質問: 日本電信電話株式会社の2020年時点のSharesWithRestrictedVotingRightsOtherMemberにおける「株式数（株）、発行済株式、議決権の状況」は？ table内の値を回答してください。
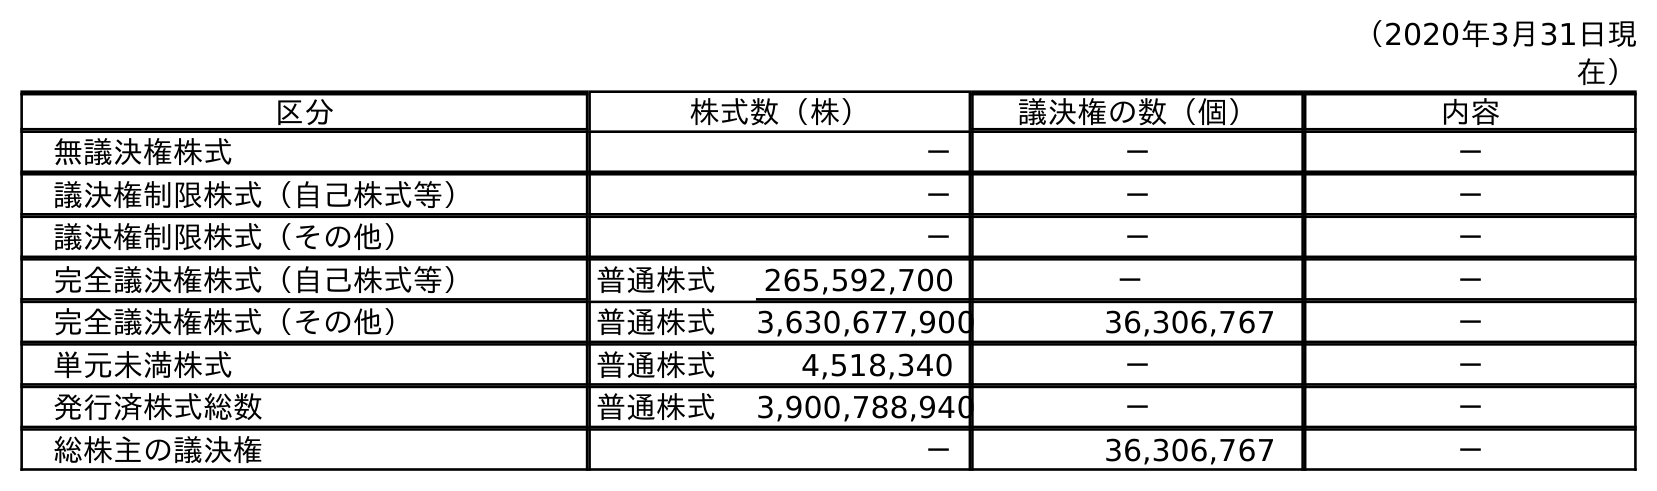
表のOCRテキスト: （2020年3月31日現 在） 区分 株式数（株） 議決権の数（個） 内容 無議決権株式 － － － 議決権制限株式（自己株式等） － － － 議決権制限株式（その他） － － － 完全議決権株式（自己株式等） 普通株式 265,592,700 － － 完全議決権株式（その他） 普通株式 3,630,677,900 36,306,767 － 単元未満株式 普通株式 4,518,340 － － 発行済株式総数 普通株式 3,900,788,940 － － 総株主の議決権 － 36,306,767 －
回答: －